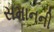
સમાનની